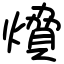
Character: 燲